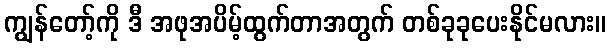
ကျွန်တော့်ကို ဒီ အဖုအပိမ့်ထွက်တာအတွက် တစ်ခုခုပေးနိုင်မလား။